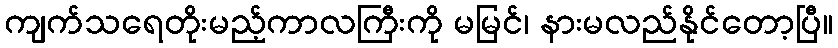
ကျက်သရေတိုးမည့်ကာလကြီးကို မမြင်၊ နားမလည်နိုင်တော့ပြီ။